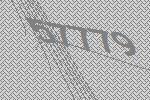
57779